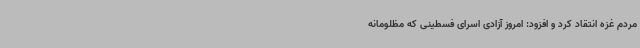
مردم غزه انتقاد کرد و افزود: امروز آزادی اسرای فسطینی که مظلومانه